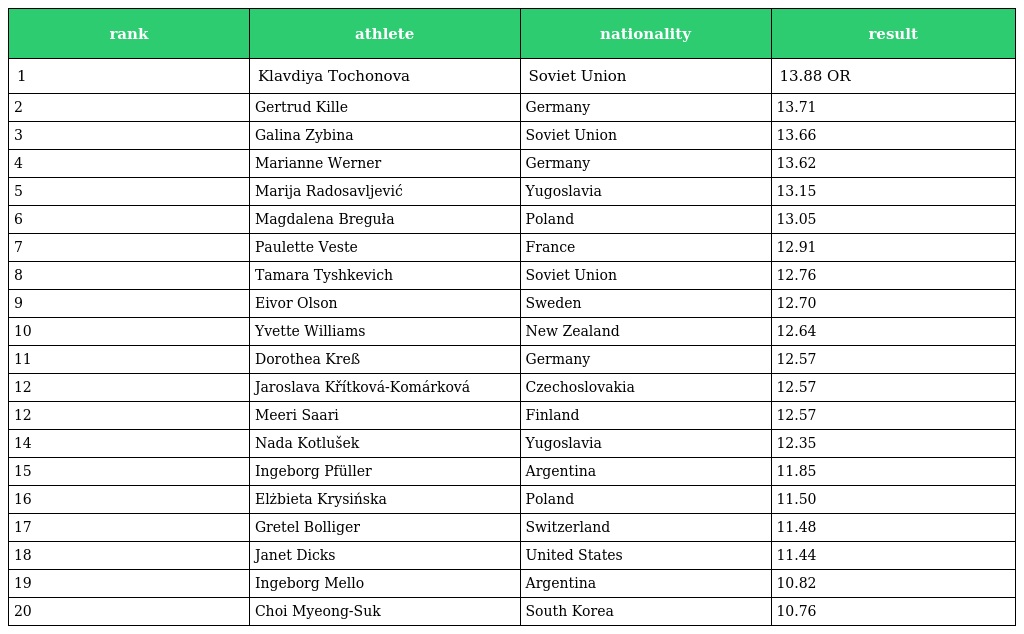
| rank | athlete | nationality | result |
 | --- | --- | --- | --- |
 | 1 | Klavdiya Tochonova | Soviet Union | 13.88 OR |
 | 2 | Gertrud Kille | Germany | 13.71 |
 | 3 | Galina Zybina | Soviet Union | 13.66 |
 | 4 | Marianne Werner | Germany | 13.62 |
 | 5 | Marija Radosavljević | Yugoslavia | 13.15 |
 | 6 | Magdalena Breguła | Poland | 13.05 |
 | 7 | Paulette Veste | France | 12.91 |
 | 8 | Tamara Tyshkevich | Soviet Union | 12.76 |
 | 9 | Eivor Olson | Sweden | 12.70 |
 | 10 | Yvette Williams | New Zealand | 12.64 |
 | 11 | Dorothea Kreß | Germany | 12.57 |
 | 12 | Jaroslava Křítková-Komárková | Czechoslovakia | 12.57 |
 | 12 | Meeri Saari | Finland | 12.57 |
 | 14 | Nada Kotlušek | Yugoslavia | 12.35 |
 | 15 | Ingeborg Pfüller | Argentina | 11.85 |
 | 16 | Elżbieta Krysińska | Poland | 11.50 |
 | 17 | Gretel Bolliger | Switzerland | 11.48 |
 | 18 | Janet Dicks | United States | 11.44 |
 | 19 | Ingeborg Mello | Argentina | 10.82 |
 | 20 | Choi Myeong-Suk | South Korea | 10.76 |